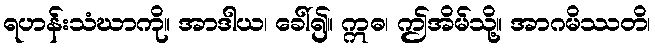
ရဟန်းသံဃာကို။ အာဒါယ၊ ခေါ်၍။ ဣဓ၊ ဤအိမ်သို့။ အာဂမိဿတိ၊